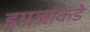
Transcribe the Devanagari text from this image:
इग्रजांकडे